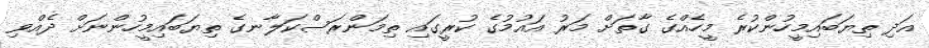
އަދި ތިޔަބައިމީހުންކުރެ މީހެއްގެ ގާތަށް މަރު އައުމުގެ ކުރީގައި ތިމަންރަސްކަލާނގެ ތިޔަބައިމީހުންނަށް ދެއްވި